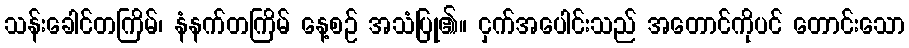
သန်းခေါင်တကြိမ်၊ နံနက်တကြိမ် နေ့စဉ် အသံပြု၏။ ငှက်အပေါင်းသည် အတောင်ကိုပင် တောင်းသော